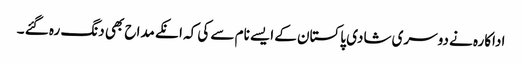
اداکارہ نے دوسری شادی پاکستان کے ایسے نام سے کی کہ انکے مداح بھی دنگ رہ گئے ۔